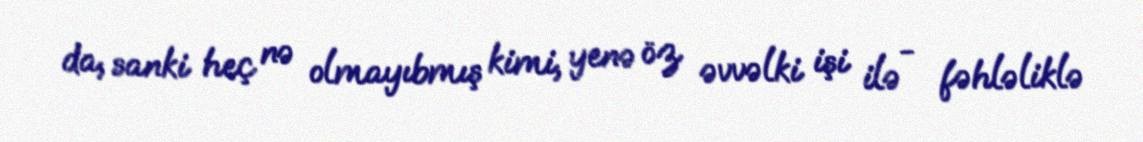
da, sanki heç nə olmayıbmış kimi, yenə öz əvvəlki işi ilə - fəhləliklə